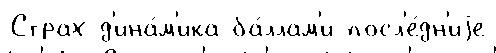
Страх д'ина́м'ика ба́ллам'и посл'е́дн'иjе